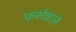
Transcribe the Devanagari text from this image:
फर्शवाले